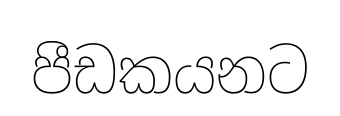
පීඩකයනට